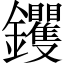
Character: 钁